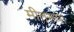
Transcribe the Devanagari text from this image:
मीतरूपा